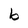
Character: b